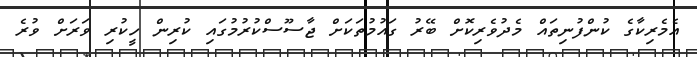
އެމެރިކާގެ ކުންފުނިތައް މެދުވެރިކޮށް ބޭރު ގައުމުތަކަށް ޖާސޫސްކުރުމުގައި ކުރިން ހީކުރި ވަރަށް ވުރެ